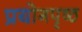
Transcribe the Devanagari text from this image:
प्रयोगपृष्ठ